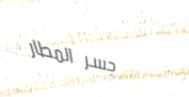
جسر المطار